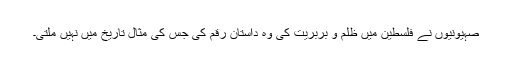
صہیونیوں نے فلسطین میں ظلم و بربریت کی وہ داستان رقم کی جس کی مثال تاریخ میں نہیں ملتی۔